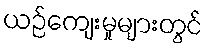
ယဉ်ကျေးမှုများတွင်